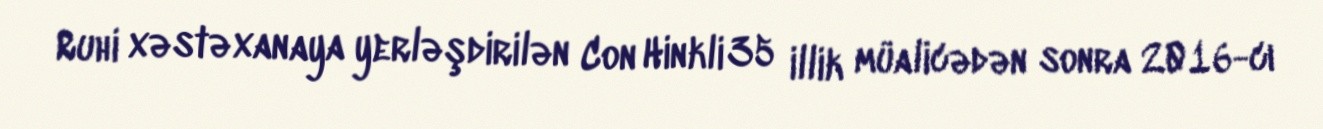
Ruhi xəstəxanaya yerləşdirilən Con Hinkli 35 illik müalicədən sonra 2016-cı